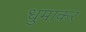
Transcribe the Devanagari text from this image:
धुमाकर